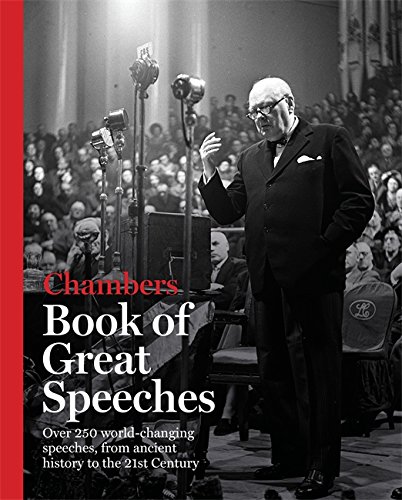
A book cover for The Chambers Book of Great Speeches; Editors of Chambers; Literature & Fiction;